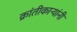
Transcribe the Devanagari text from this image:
क्रांतीकाऱ्यांनी